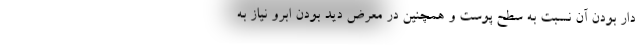
دار بودن آن نسبت به سطح پوست و همچنین در معرض دید بودن ابرو نیاز به